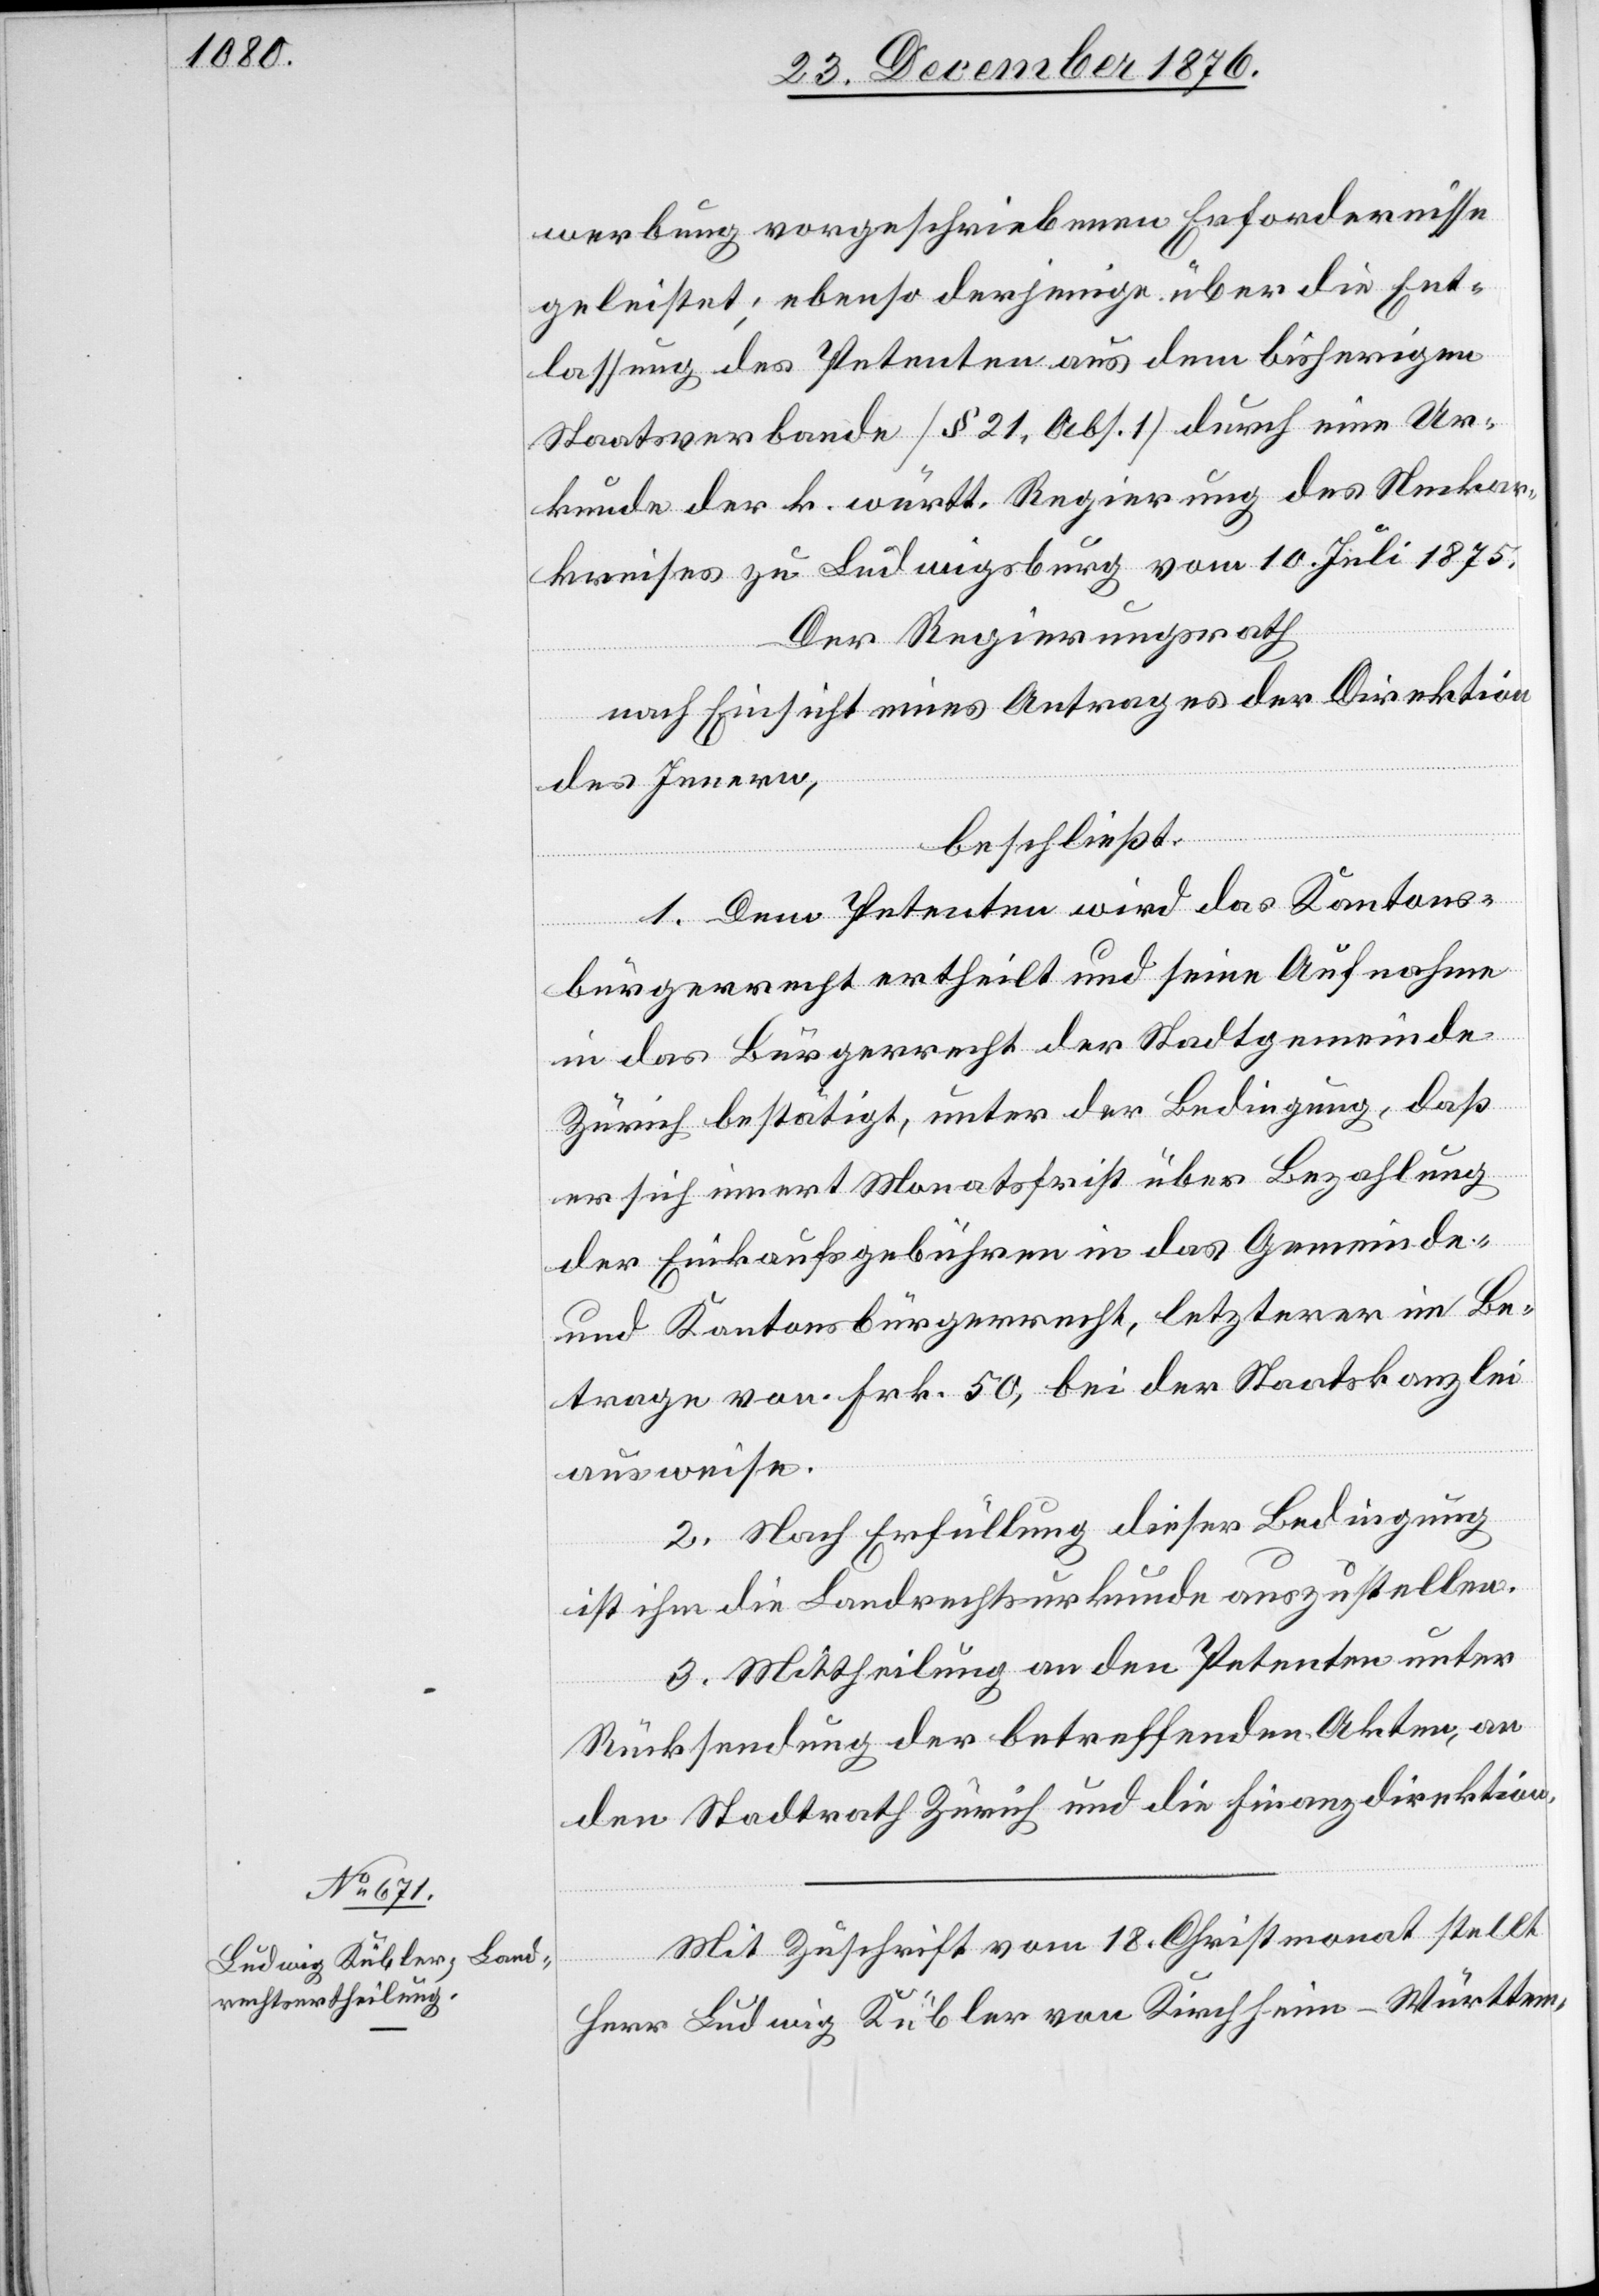
Mit Zuschrift vom 18. Christmonat stellt
Herr Ludwig Kübler von Kirchheim - Württem-